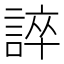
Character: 誶